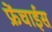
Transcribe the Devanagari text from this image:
फ्रेंचाईस